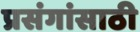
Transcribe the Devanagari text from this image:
प्रसंगांसाठी